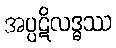
အပ္ပဋိလဒ္ဓဿ